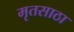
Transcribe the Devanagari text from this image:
मृतसाठा